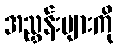
အညွှန်းများကို